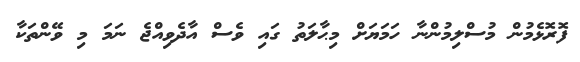
ފޮރޮޅެމުން މުސްލިމުންނާ ހަމަޔަށް މިޙާލަތު ގައި ވެސް އާދެވިއްޖެ ނަމަ މި ވޭންތަކާ